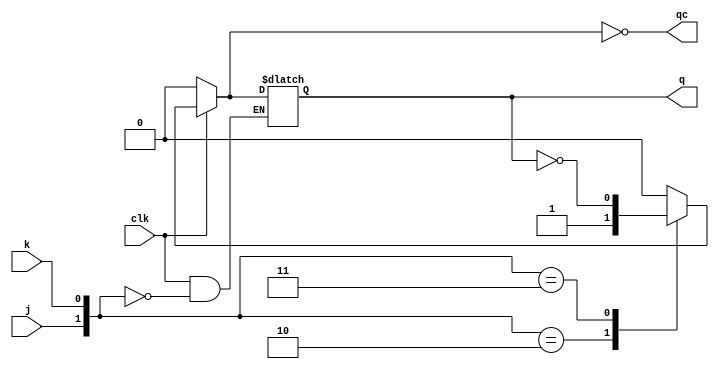
module jk(input j, k, clk,
    output reg q, qc);
    initial
    begin
        q=0;
        qc=1;
    end
    always @(clk or j or k) begin
        case({j,k})
            2'b00: q=q;
            2'b01: q=0;
            2'b10: q=1;
            2'b11: q=!q;
        endcase
        case(clk)
            1'b0: q=0;
        endcase
        qc=!q;
    end
endmodule